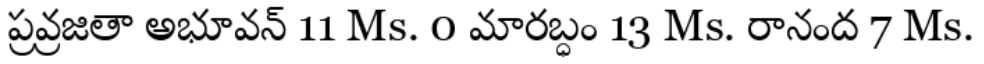
ప్రవ్రజితా అభూవన్ 11 Ms. 0 మారబ్ధం 13 Ms. రానంద 7 Ms.